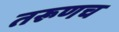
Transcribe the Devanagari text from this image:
तरूणच